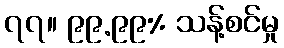
၇၇။ ၉၉.၉၉% သန့်စင်မှု